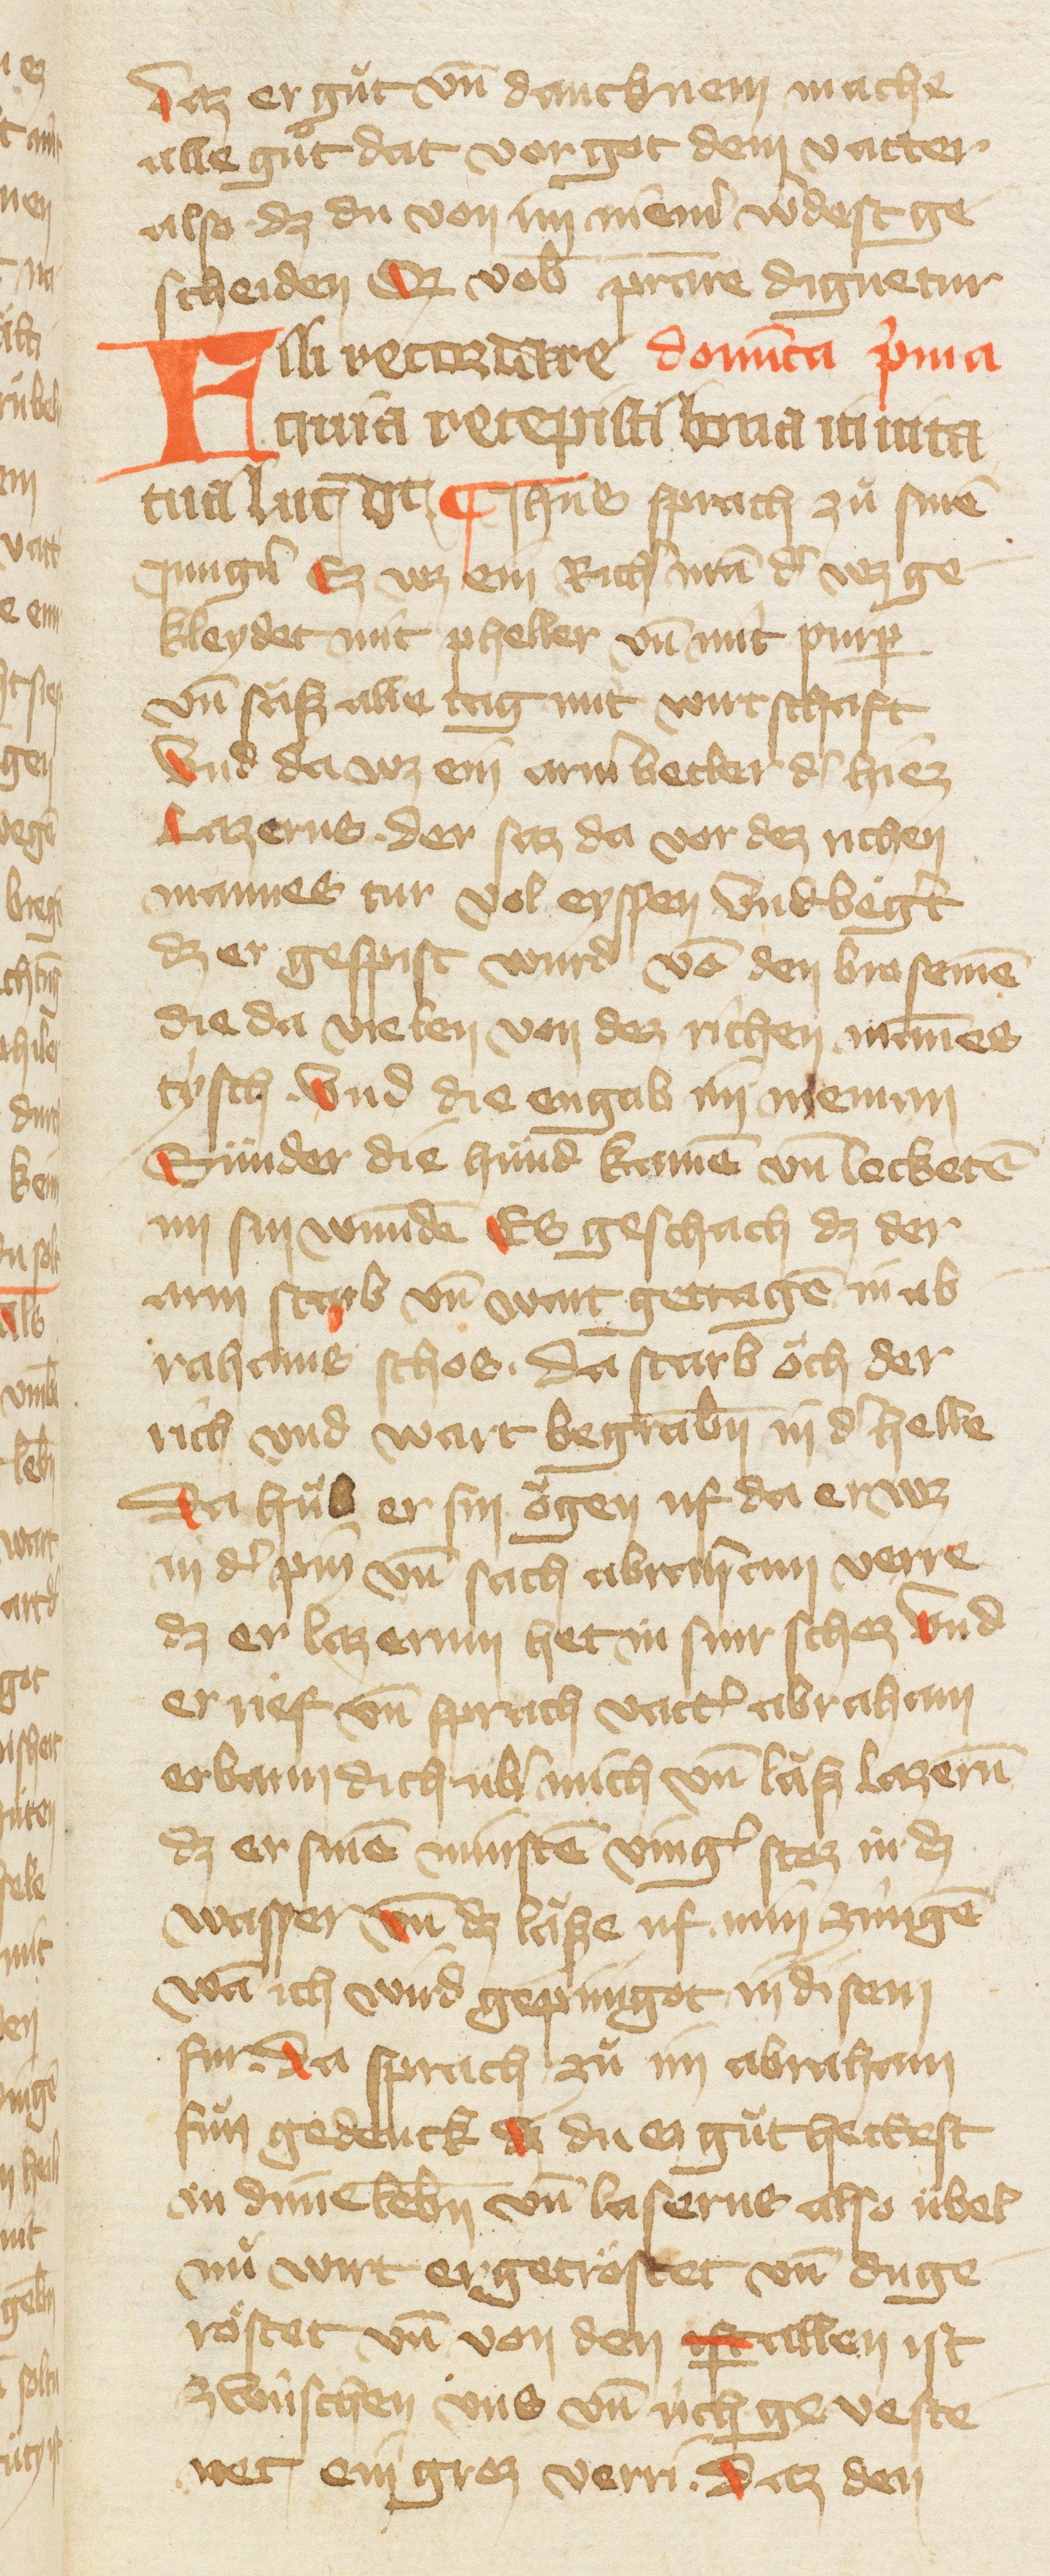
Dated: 1385–1415